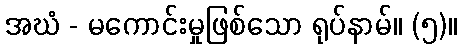
အဃံ - မကောင်းမှုဖြစ်သော ရုပ်နာမ်။ (၅)။